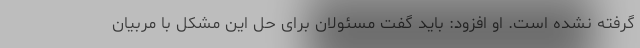
گرفته نشده است. او افزود: باید گفت مسئولان برای حل این مشکل با مربیان